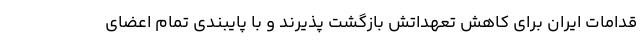
قدامات ایران برای کاهش تعهداتش بازگشت پذیرند و با پایبندی تمام اعضای